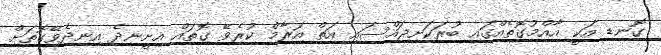
ގޮނޑި އަކީ އާއްމުގޮތެއްގައި ބުރަކަށިޖައްސައި އަތް އަރާމް ކުރެވޭ ގޮތައް އިށީނދެ އިނދެވޭގޮތަށް